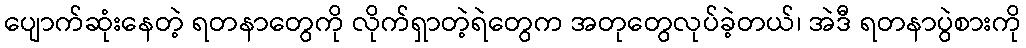
ပျောက်ဆုံးနေတဲ့ ရတနာတွေကို လိုက်ရှာတဲ့ရဲတွေက အတုတွေလုပ်ခဲ့တယ်၊ အဲဒီ ရတနာပွဲစားကို